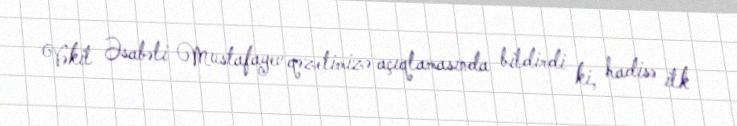
Vəkil Əsabəli Mustafayev qəzetimizə açıqlamasında bildirdi ki, hadisə ilk